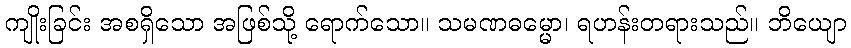
ကျိုးခြင်း အစရှိသော အဖြစ်သို့ ရောက်သော။ သမဏဓမ္မော၊ ရဟန်းတရားသည်။ ဘိယျော